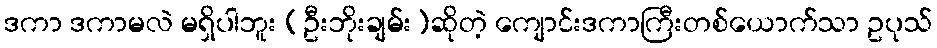
ဒကာ ဒကာမလဲ မရှိပါဘူး (ဦးဘိုးချမ်း)ဆိုတဲ့ ကျောင်းဒကာကြီးတစ်ယောက်သာ ဥပုသ်